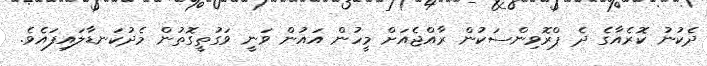
ދެކުނު ކޮރެއާގެ ދެ ޕްރޮވިންސަކުން ރާއްޖެއަށް މީހުން އައުން ވަނީ ވަގުތީގޮތުން މެދުކަނޑާލައިފައެވެ.